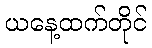
ယနေ့ထက်တိုင်